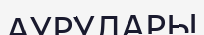
АУРУЛАРЫ